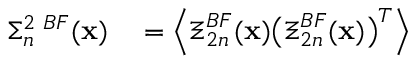
\begin{array} { r l } { \Sigma _ { n } ^ { 2 \, \, B F } ( { \bf x } ) } & { { } = \left\langle { { \boldsymbol { \Xi } _ { 2 n } ^ { B F } ( { \bf x } ) \bigl ( \boldsymbol { \Xi } _ { 2 n } ^ { B F } ( { \bf x } ) \bigr ) ^ { T } } } \right\rangle } \end{array}